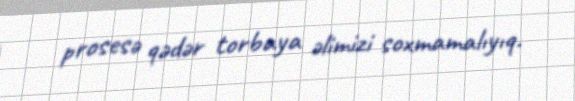
prosesə qədər torbaya əlimizi soxmamalıyıq.